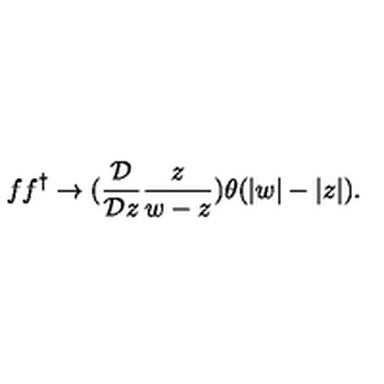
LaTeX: f f ^ { \dagger } \rightarrow ( \frac { { \cal D } } { { \cal D } z } \frac z { w - z } ) \theta ( | w | - | z | ) .